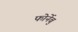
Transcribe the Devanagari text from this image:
फोर्नेबु